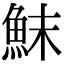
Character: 䱅